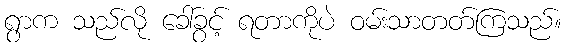
ရွာက သည်လို ခေါ်ခွင့် ရတာကိုပဲ ဝမ်းသာတတ်ကြသည်။